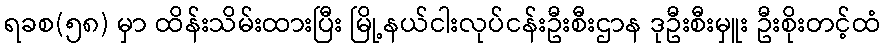
ရခစ(၅၈) မှာ ထိန်းသိမ်းထားပြီး မြို့နယ်ငါးလုပ်ငန်းဦးစီးဌာန ဒုဦးစီးမှူး ဦးစိုးတင့်ထံ